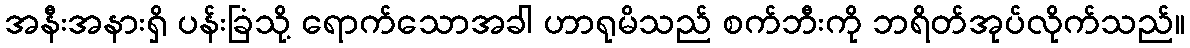
အနီးအနားရှိ ပန်းခြံသို့ ရောက်သောအခါ ဟာရုမိသည် စက်ဘီးကို ဘရိတ်အုပ်လိုက်သည်။